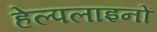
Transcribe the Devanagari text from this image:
हेल्पलाइनों